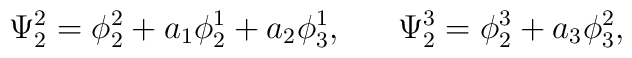
\Psi_2^2=\phi_2^2+a_1\phi_2^1+a_2\phi_3^1,~~~~~\Psi_2^3=\phi_2^3+a_3\phi_3^2,